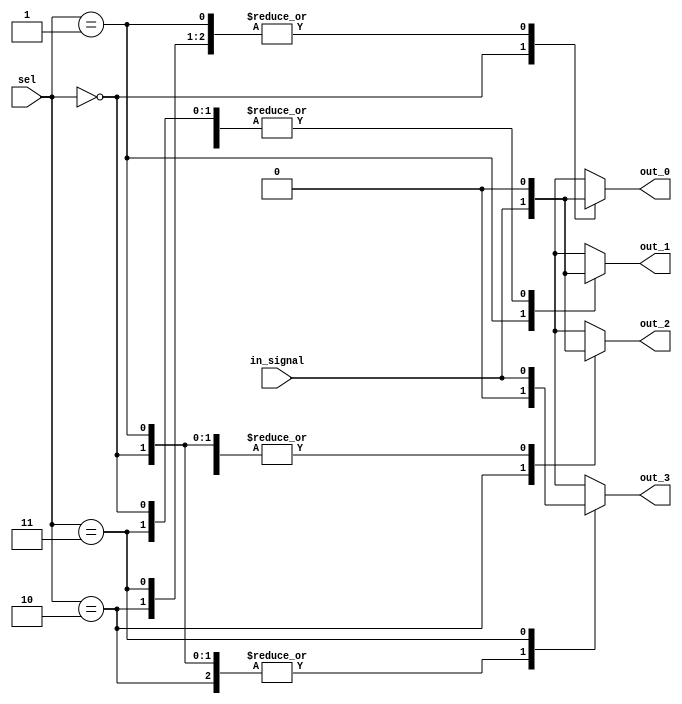
module demux_2to4 (
    input [1:0] sel,
    input                   in_signal,
    output reg              out_0,
    output reg              out_1,
    output reg              out_2,
    output reg              out_3
);

always @(*)
begin
    case(sel)
        2'b00: begin
            out_0 = in_signal;
            out_1 = 1'b0;
            out_2 = 1'b0;
            out_3 = 1'b0;
        end
        2'b01: begin
            out_0 = 1'b0;
            out_1 = in_signal;
            out_2 = 1'b0;
            out_3 = 1'b0;
        end
        2'b10: begin
            out_0 = 1'b0;
            out_1 = 1'b0;
            out_2 = in_signal;
            out_3 = 1'b0;
        end
        2'b11: begin
            out_0 = 1'b0;
            out_1 = 1'b0;
            out_2 = 1'b0;
            out_3 = in_signal;
        end
        default: begin
            out_0 = 1'b0;
            out_1 = 1'b0;
            out_2 = 1'b0;
            out_3 = 1'b0;
        end
    endcase
end

endmodule